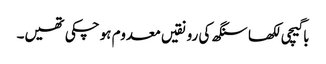
باگیچی لکھا سنگھ کی رونقیں معدوم ہو چکی تھیں۔